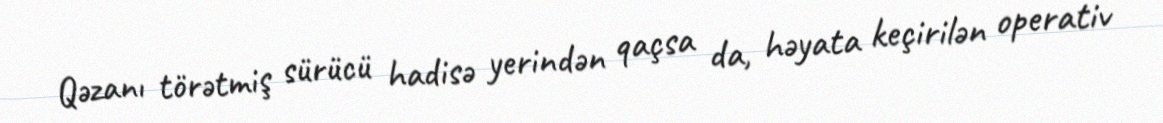
Qəzanı törətmiş sürücü hadisə yerindən qaçsa da, həyata keçirilən operativ